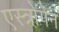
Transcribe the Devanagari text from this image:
एस्त्रोगेन